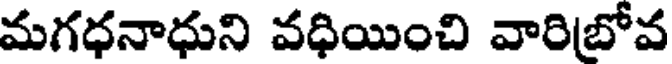
మగధనాధుని వధియించి వారిబోవ